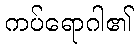
ကပ်ရောဂါ၏